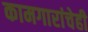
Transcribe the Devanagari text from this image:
कामगारांचेही